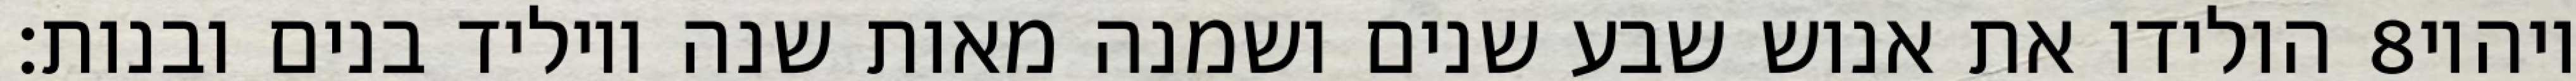
הולידו את אנוש שבע שנים ושמנה מאות שנה ויוליד בנים ובנות׃ ‎8‏ ויהיו